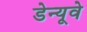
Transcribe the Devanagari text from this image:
डेन्यूवे